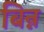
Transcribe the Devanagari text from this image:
बिन्न